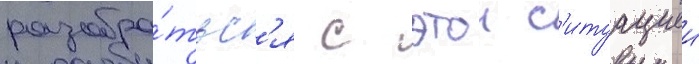
разобра́тьс'я с этои с'итуациеи